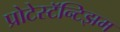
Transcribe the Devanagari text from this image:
प्रोटेस्टॅन्टिझम